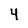
Character: 4